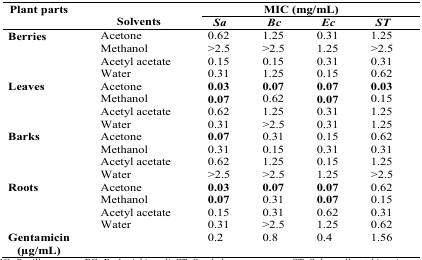
| Plant parts |  | <COLSPAN=4> MIC (mg/mL) |
 |  | Solvents | Sa | Bc | Ec | ST |
 | --- | --- | --- | --- | --- | --- |
 | Berries | Acetone | 0.62 | 1.25 | 0.31 | 1.25 |
 |  | Methanol | >2.5 | >2.5 | 1.25 | >2.5 |
 |  | Acetyl acetate | 0.15 | 0.15 | 0.31 | 0.31 |
 |  | Water | 0.31 | 1.25 | 0.15 | 0.62 |
 | Leaves | Acetone | 0.03 | 0.07 | 0.07 | 0.03 |
 |  | Methanol | 0.07 | 0.62 | 0.07 | 0.15 |
 |  | Acetyl acetate | 0.62 | 1.25 | 0.31 | 1.25 |
 |  | Water | 0.31 | >2.5 | 0.31 | 1.25 |
 | Barks | Acetone | 0.07 | 0.31 | 0.15 | 0.62 |
 |  | Methanol | 0.31 | 0.15 | 0.31 | 0.31 |
 |  | Acetyl acetate | 0.62 | 1.25 | 0.15 | 1.25 |
 |  | Water | >2.5 | >2.5 | 1.25 | >2.5 |
 | Roots | Acetone | 0.03 | 0.07 | 0.07 | 0.62 |
 |  | Methanol | 0.07 | 0.31 | 0.07 | 0.15 |
 |  | Acetyl acetate | 0.15 | 0.31 | 0.62 | 0.31 |
 |  | Water | 0.31 | >2.5 | 1.25 | 0.62 |
 | Gentamicin(μg/mL) |  | 0.2 | 0.8 | 0.4 | 1.56 |